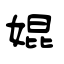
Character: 婫